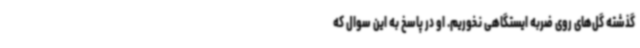
گذشته گل‌های روی ضربه ایستگاهی نخوریم. او در پاسخ به این سوال که